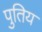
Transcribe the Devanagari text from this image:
पुतिय